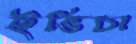
ইভিচা